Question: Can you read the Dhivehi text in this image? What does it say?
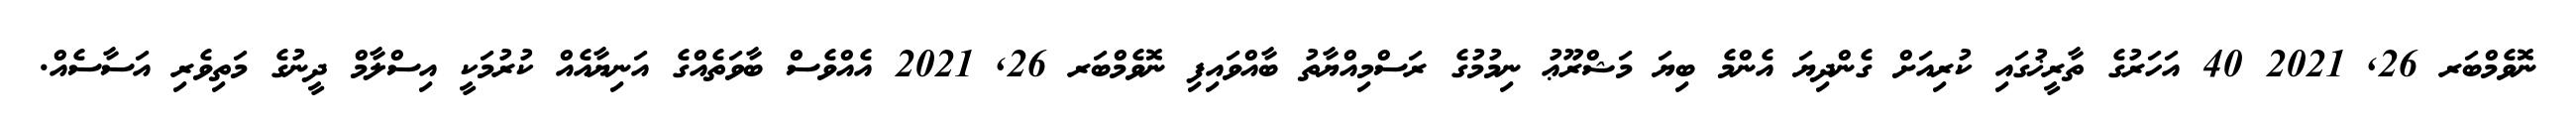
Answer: ނޮވެމްބަރ 26, 2021 40 އަހަރުގެ ތާރީޚުގައި ކުރިއަށް ގެންދިޔަ އެންމެ ބިޔަ މަޝްރޫޢު ނިމުމުގެ ރަސްމިއްޔާތު ބާއްވައިފި ނޮވެމްބަރ 26, 2021 އެއްވެސް ބާވަތެއްގެ އަނިޔާއެއް ކުރުމަކީ އިސްލާމް ދީނުގެ މަތިވެރި އަސާސެއް.